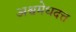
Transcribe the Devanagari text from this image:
अश्वमेधदत्त